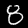
Label: 8